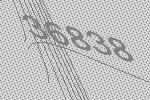
36838